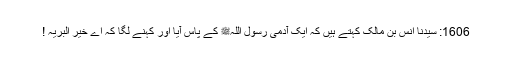
1606: سیدنا انس بن مالکؓ کہتے ہیں کہ ایک آدمی رسول اللہﷺ کے پاس آیا اور کہنے لگا کہ اے خیر البریہ !